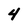
Character: 4